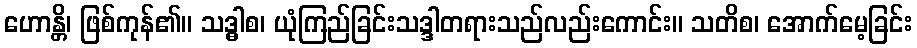
ဟောန္တိ၊ ဖြစ်ကုန်၏။ သဒ္ဓါစ၊ ယုံကြည်ခြင်းသဒ္ဒါတရားသည်လည်းကောင်း။ သတိစ၊ အောက်မေ့ခြင်း